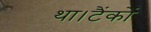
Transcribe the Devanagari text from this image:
था।टैंकों